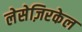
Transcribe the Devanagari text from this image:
लेसेज़िरकेल